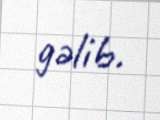
gəlib.